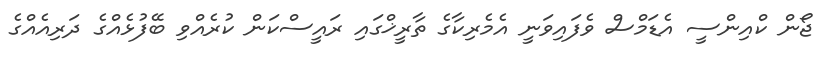
ޖޯން ކްއިންސީ އެޑަމްސް ވެފައިވަނީ އެމެރިކާގެ ތާރީޚްގައި ރައީސްކަން ކުރެއްވި ބޭފުޅެއްގެ ދަރިއެއްގެ